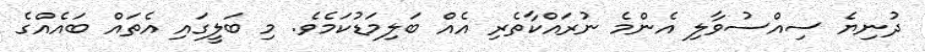
ދުނިޔެ ސިއްސުވާލި އެންމެ ނުރައްކާތެރި އެއް ބަލިމަޑުކަމެވެ. މި ބަލީގައި އެތައް ބައެއްގެ